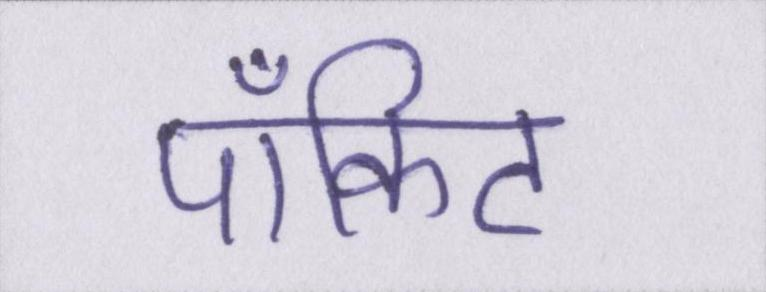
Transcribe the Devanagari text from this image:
पॉकिट